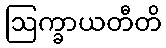
ဩက္ခာယတီတိ